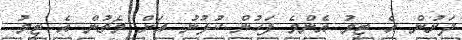
ދަށުން އެ ޓީމު އެންމެ ފަހުން ކުޅުނު އަށް މެޗުން އެ ޓީމު